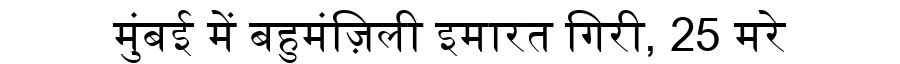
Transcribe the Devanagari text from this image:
मुंबई में बहुमंज़िली इमारत गिरी, 25 मरे